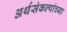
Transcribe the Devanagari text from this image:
अर्थसंकल्पांच्या